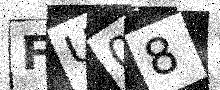
Text: FU08